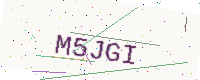
Text: M5JGI